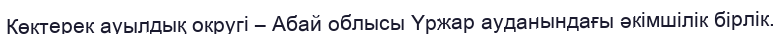
Көктерек ауылдық округі – Абай облысы Үржар ауданындағы әкімшілік бірлік.